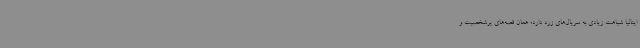
ایتالیا شباهت زیادی به سریال‌های زرد دارد؛ همان قصه‌های پرشخصیت و